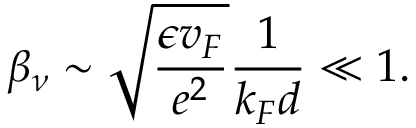
\beta _ { \nu } \sim \sqrt { \frac { \epsilon v _ { F } } { e ^ { 2 } } } \frac { 1 } { k _ { F } d } \ll 1 .